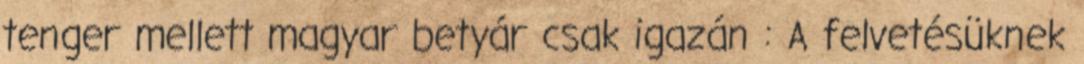
tenger mellett magyar betyár csak igazán : A felvetésüknek